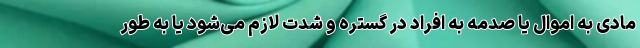
مادی به اموال یا صدمه به افراد در گستره و شدت لازم می‌شود یا به طور